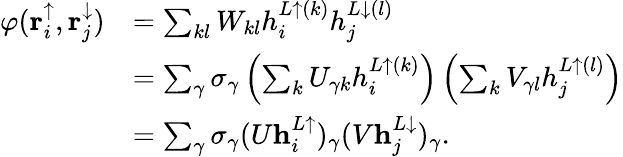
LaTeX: \begin{array}{rl}{\varphi(\mathbf{r}_{i}^{\uparrow},\mathbf{r}_{j}^{\downarrow})}&{=\sum_{kl}W_{kl}h_{i}^{L\uparrow(k)}h_{j}^{L\downarrow(l)}}\\ &{=\sum_{\gamma}\sigma_{\gamma}\left(\sum_{k}U_{\gamma k}h_{i}^{L\uparrow(k)}\right)\left(\sum_{k}V_{\gamma l}h_{j}^{L\uparrow(l)}\right)}\\ &{=\sum_{\gamma}\sigma_{\gamma}(U\mathbf{h}_{i}^{L\uparrow})_{\gamma}(V\mathbf{h}_{j}^{L\downarrow})_{\gamma}.}\end{array}